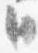
臣